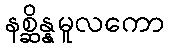
နစ္ဆိန္နမူလကော